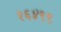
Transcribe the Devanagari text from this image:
१६४९९